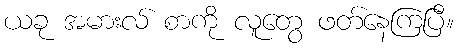
ယခု အမားလ် စာကို လူတွေ ဖတ်နေကြပြီ။